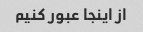
از اینجا عبور کنیم